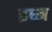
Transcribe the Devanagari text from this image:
इध्म